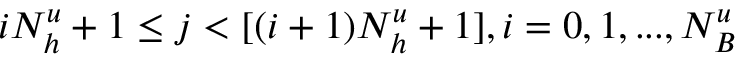
i N _ { h } ^ { u } + 1 \le j < [ ( i + 1 ) N _ { h } ^ { u } + 1 ] , i = 0 , 1 , . . . , N _ { B } ^ { u }